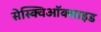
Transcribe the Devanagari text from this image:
सेस्क्विऑक्साइड